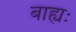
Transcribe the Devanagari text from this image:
बाह्यः